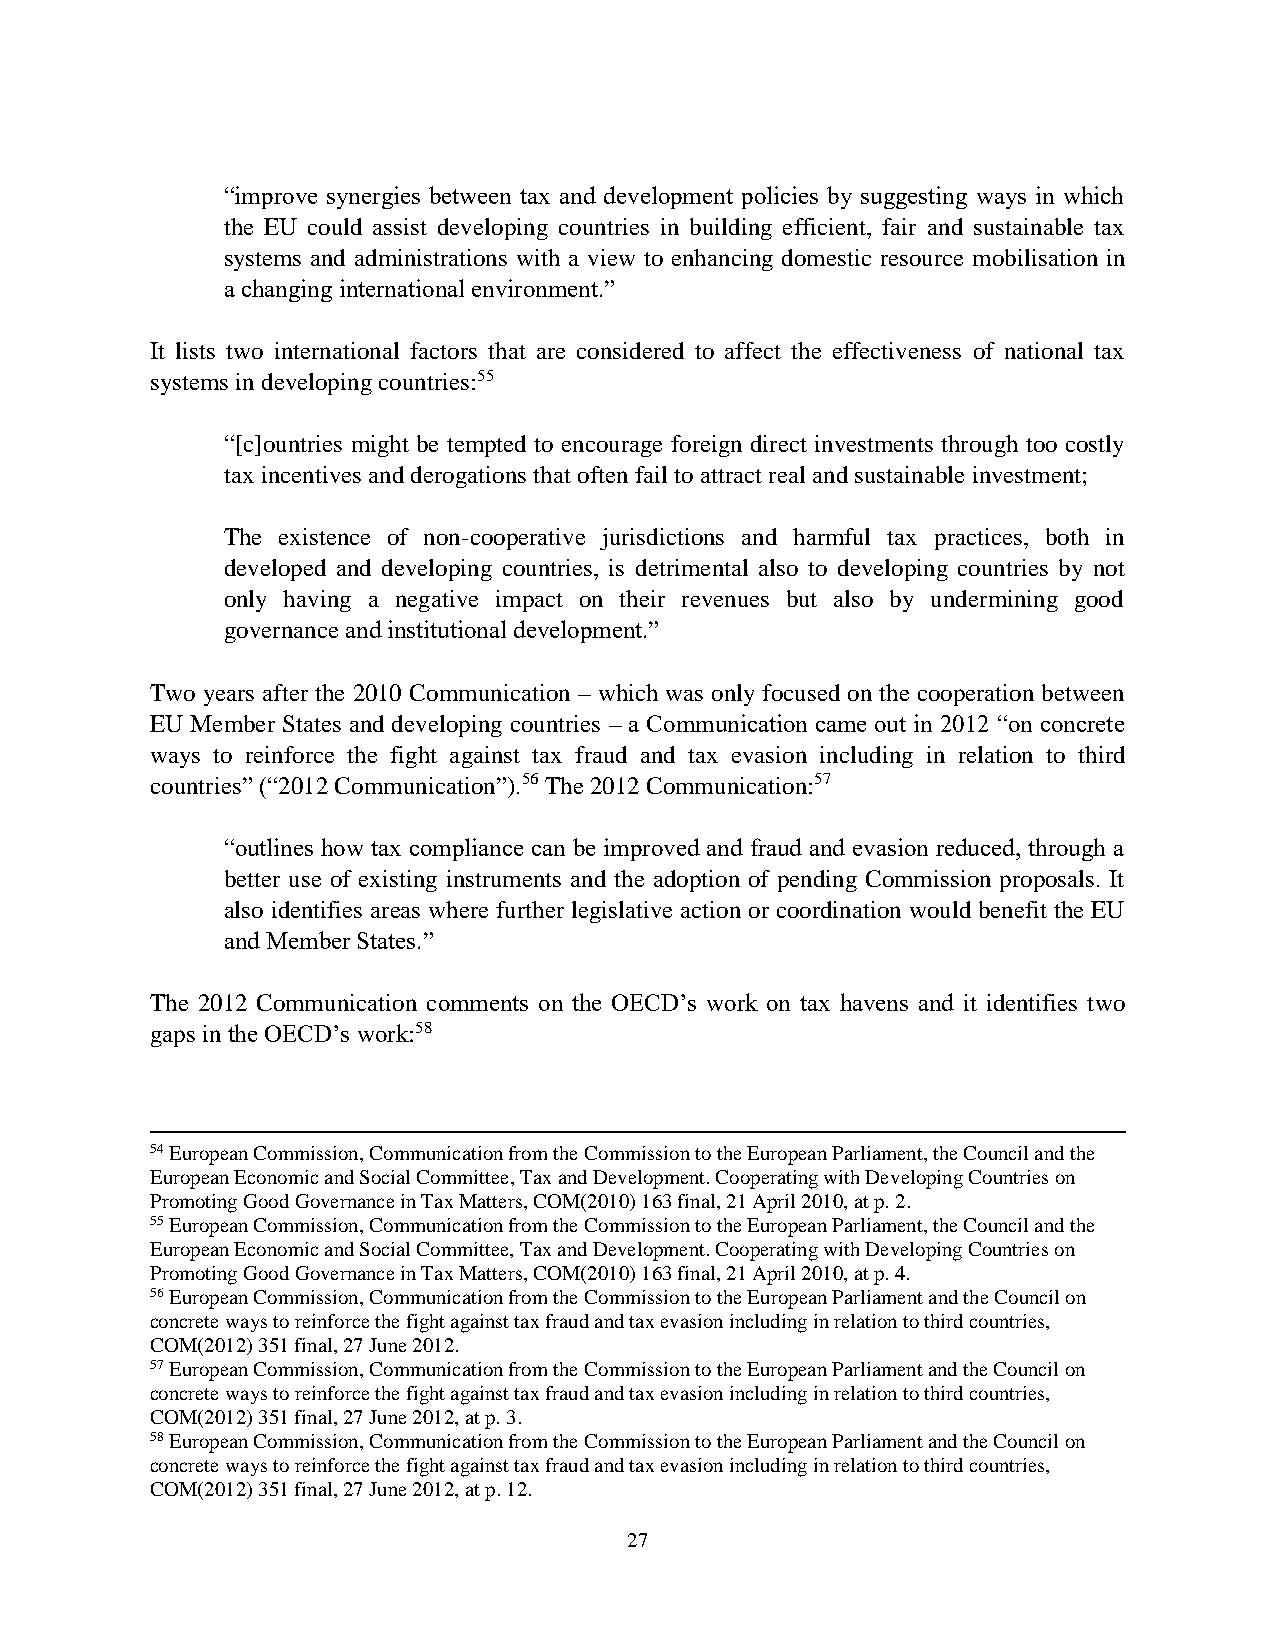
“improve synergies between tax and development policies by suggesting ways in which
 the EU could assist developing countries in building efficient, fair and sustainable tax
 systems and administrations with a view to enhancing domestic resource mobilisation in
 a changing international environment.”
 It lists two international factors that are considered to affect the effectiveness of national tax
 systems in developing countries:55
 “[c]ountries might be tempted to encourage foreign direct investments through too costly
 tax incentives and derogations that often fail to attract real and sustainable investment;
 The existence of non-cooperative jurisdictions and harmful tax practices, both in
 developed and developing countries, is detrimental also to developing countries by not
 only having a negative impact on their revenues but also by undermining good
 governance and institutional development.”
 Two years after the 2010 Communication – which was only focused on the cooperation between
 EU Member States and developing countries – a Communication came out in 2012 “on concrete
 ways to reinforce the fight against tax fraud and tax evasion including in relation to third
 countries” (“2012 Communication”).56 The 2012 Communication:57
 “outlines how tax compliance can be improved and fraud and evasion reduced, through a
 better use of existing instruments and the adoption of pending Commission proposals. It
 also identifies areas where further legislative action or coordination would benefit the EU
 and Member States.”
 The 2012 Communication comments on the OECD’s work on tax havens and it identifies two
 gaps in the OECD’s work:58
 54 European Commission, Communication from the Commission to the European Parliament, the Council and the
 European Economic and Social Committee, Tax and Development. Cooperating with Developing Countries on
 Promoting Good Governance in Tax Matters, COM(2010) 163 final, 21 April 2010, at p. 2.
 55 European Commission, Communication from the Commission to the European Parliament, the Council and the
 European Economic and Social Committee, Tax and Development. Cooperating with Developing Countries on
 Promoting Good Governance in Tax Matters, COM(2010) 163 final, 21 April 2010, at p. 4.
 56 European Commission, Communication from the Commission to the European Parliament and the Council on
 concrete ways to reinforce the fight against tax fraud and tax evasion including in relation to third countries,
 COM(2012) 351 final, 27 June 2012.
 57 European Commission, Communication from the Commission to the European Parliament and the Council on
 concrete ways to reinforce the fight against tax fraud and tax evasion including in relation to third countries,
 COM(2012) 351 final, 27 June 2012, at p. 3.
 58 European Commission, Communication from the Commission to the European Parliament and the Council on
 concrete ways to reinforce the fight against tax fraud and tax evasion including in relation to third countries,
 COM(2012) 351 final, 27 June 2012, at p. 12.
 27